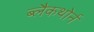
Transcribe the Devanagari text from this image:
ब्लैकथोर्न